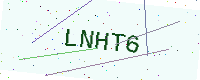
Text: LNHT6